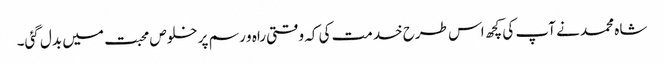
شاہ محمد نے آپ کی کچھ اس طرح خدمت کی کہ وقتی راہ و رسم پر خلوص محبت میں بدل گئی۔